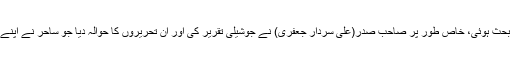
اہل محفل میں مجموعی طور پر مضمون پر واہ واہ کی کچھ بحث ہوئی، خاص طور پر صاحب صدر(علی سردار جعفری) نے جوشیلی تقریر کی اور ان تحریروں کا حوالہ دیا جو ساحر نے اپنے رسائل میں بحیثیت ایڈیٹر کیفی کی تعریف میں لکھتی تھیں۔